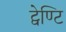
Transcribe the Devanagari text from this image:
ट्वेण्टि